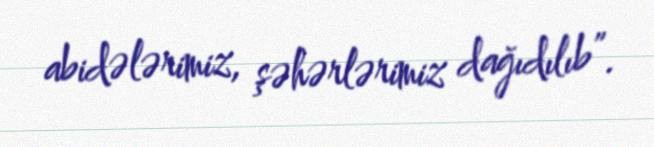
abidələrimiz, şəhərlərimiz dağıdılıb”.